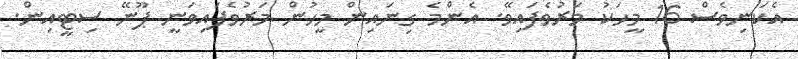
އެކަނިވެސް 16 މީހަކު މަރުވެފައިވޭ. އެންމެ ގިނައިން މީހުން މަރުވެފައިވަނީ ޕޫނޭ ސިޓީއިން.